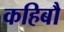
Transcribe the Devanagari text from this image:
कहिबौ